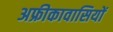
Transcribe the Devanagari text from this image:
अफ्रीकावासियों